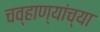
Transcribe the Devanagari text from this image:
चव्हाण्यांच्या